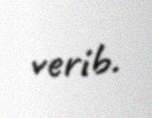
verib.